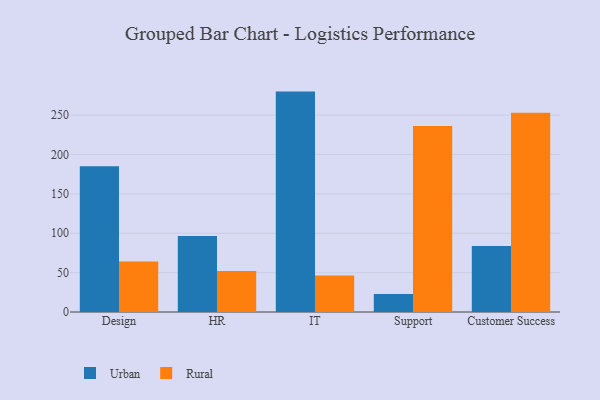
{"axis": {"x": "Department", "y": "LTV (USD)"}, "legend": ["Rural", "Urban"], "data": [{"x": "Design", "y": 185.0, "type": "Urban"}, {"x": "Design", "y": 64.1, "type": "Rural"}, {"x": "HR", "y": 96.5, "type": "Urban"}, {"x": "HR", "y": 52.1, "type": "Rural"}, {"x": "IT", "y": 279.9, "type": "Urban"}, {"x": "IT", "y": 46.3, "type": "Rural"}, {"x": "Support", "y": 22.9, "type": "Urban"}, {"x": "Support", "y": 236.3, "type": "Rural"}, {"x": "Customer Success", "y": 83.9, "type": "Urban"}, {"x": "Customer Success", "y": 253.1, "type": "Rural"}]}